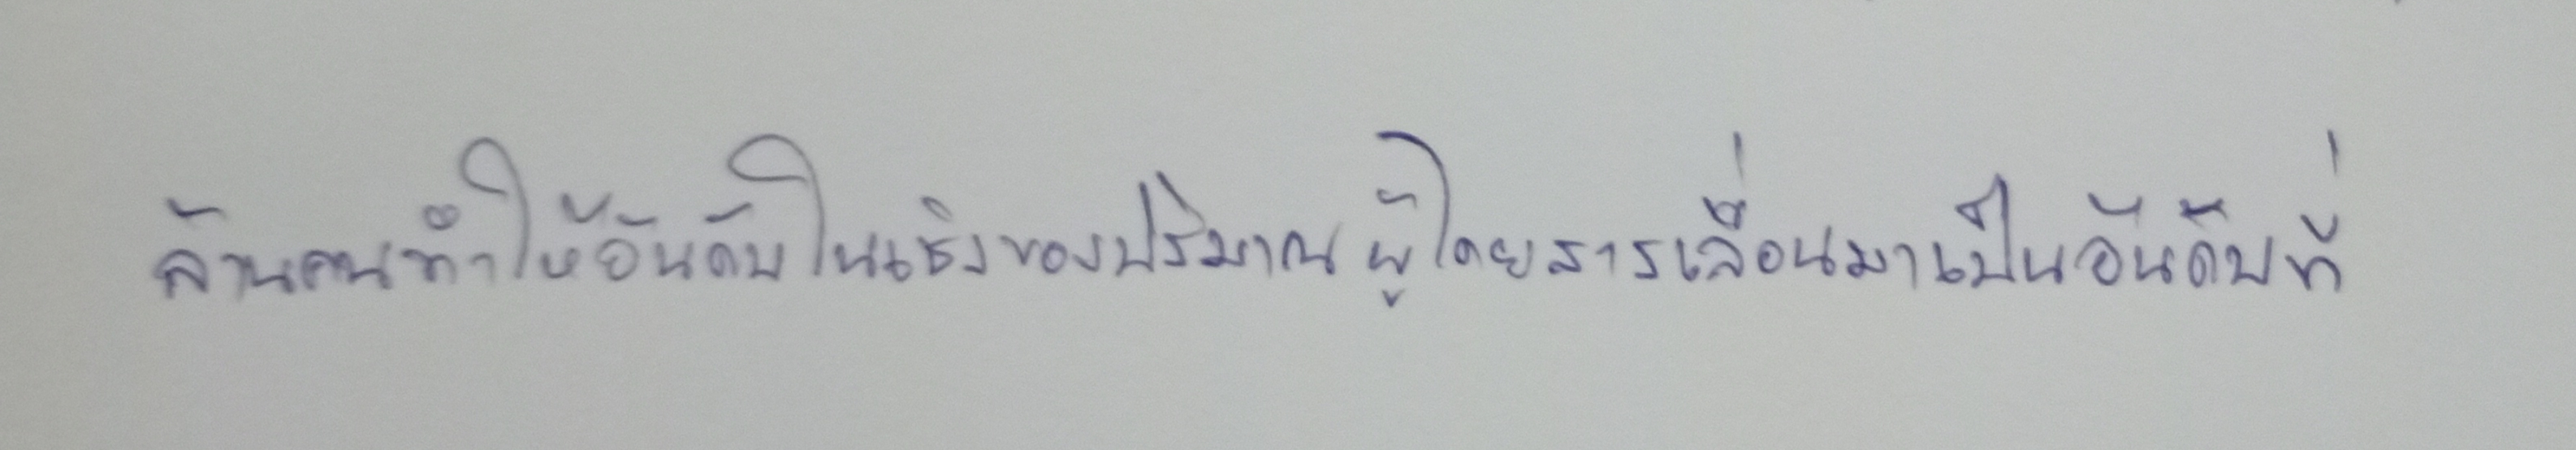
ล้านคนทำให้อันดับในเชิงของปริมาณผู้โดยสารเลื่อนมาเป็นอันดับที่